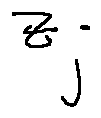
z _ { j }